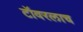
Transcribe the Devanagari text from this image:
टॉवरलाच